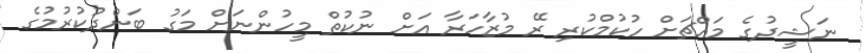
ނަޝީދުގެ މައްޗަށް ހުކުމްކުރި ރޭ މުޒާހަރާ އަށް ނުކުތް މީހުންނަށް މަގު ބަންދުކުރުމުގެ